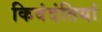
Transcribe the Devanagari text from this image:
किवंदंतियां